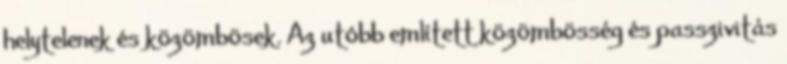
helytelenek és közömbösek. Az utóbb említett közömbösség és passzivitás